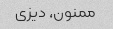
ممنون، دیزی